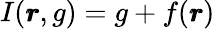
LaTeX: I(\pmb{r},g)=g+f(\pmb{r})